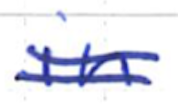
Text: in
Cross-out: double-line
Writing tool: ballpoint